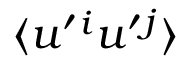
\langle { u ^ { \prime } { } ^ { i } u ^ { \prime } { } ^ { j } } \rangle